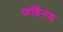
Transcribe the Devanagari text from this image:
फ़र्डिनंड